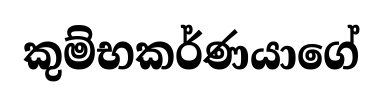
කුම්භකර්ණයාගේ